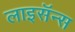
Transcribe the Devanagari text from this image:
लाइसॅन्स